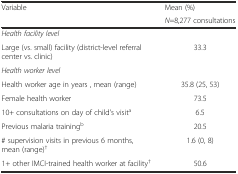
<table><thead><tr><td><b>Variable</b></td><td><b>Mean (%)</b></td></tr><tr><td></td><td><b><i>N</i>=8,277 consultations</b></td></tr></thead><tbody><tr><td><i>Health facility level</i></td><td></td></tr><tr><td>Large (vs. small) facility (district-level referral center vs. clinic)</td><td>33.3</td></tr><tr><td><i>Health worker level</i></td><td></td></tr><tr><td>Health worker age in years , mean (range)</td><td>35.8 (25, 53)</td></tr><tr><td>Female health worker</td><td>73.5</td></tr><tr><td>10+ consultations on day of child&#x27;s visit<sup>a</sup></td><td>6.5</td></tr><tr><td>Previous malaria training<sup>b</sup></td><td>20.5</td></tr><tr><td># supervision visits in previous 6 months, mean (range)<sup>†</sup></td><td>1.6 (0, 8)</td></tr><tr><td>1+ other IMCI-trained health worker at facility<sup>†</sup></td><td>50.6</td></tr></tbody></table>